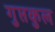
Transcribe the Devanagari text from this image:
गुप्तकुल